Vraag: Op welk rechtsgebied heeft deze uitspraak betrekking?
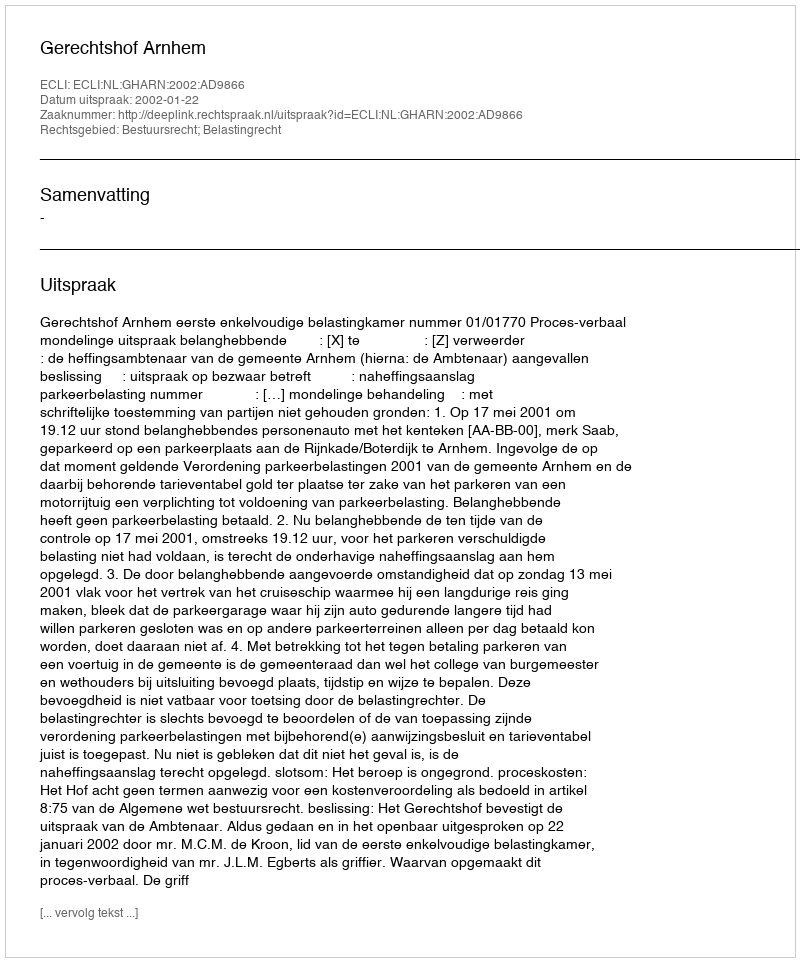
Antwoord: Bestuursrecht; Belastingrecht